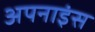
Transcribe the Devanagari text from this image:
अपनाइंस